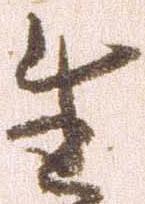
生